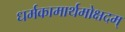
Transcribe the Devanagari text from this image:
धर्मकामार्थमोक्षदम्